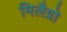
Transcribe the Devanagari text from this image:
मिलैग्रो